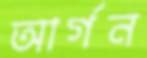
আর্গন